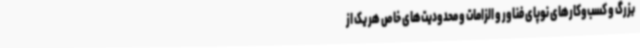
بزرگ و کسب‌وکارهای نوپای فناور و الزامات و محدودیت‌های خاص هر یک از